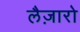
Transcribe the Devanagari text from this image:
लैज़ारो